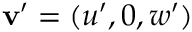
{ \bf v } ^ { \prime } = ( u ^ { \prime } , 0 , w ^ { \prime } )